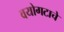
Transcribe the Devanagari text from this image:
वयोगटाचे